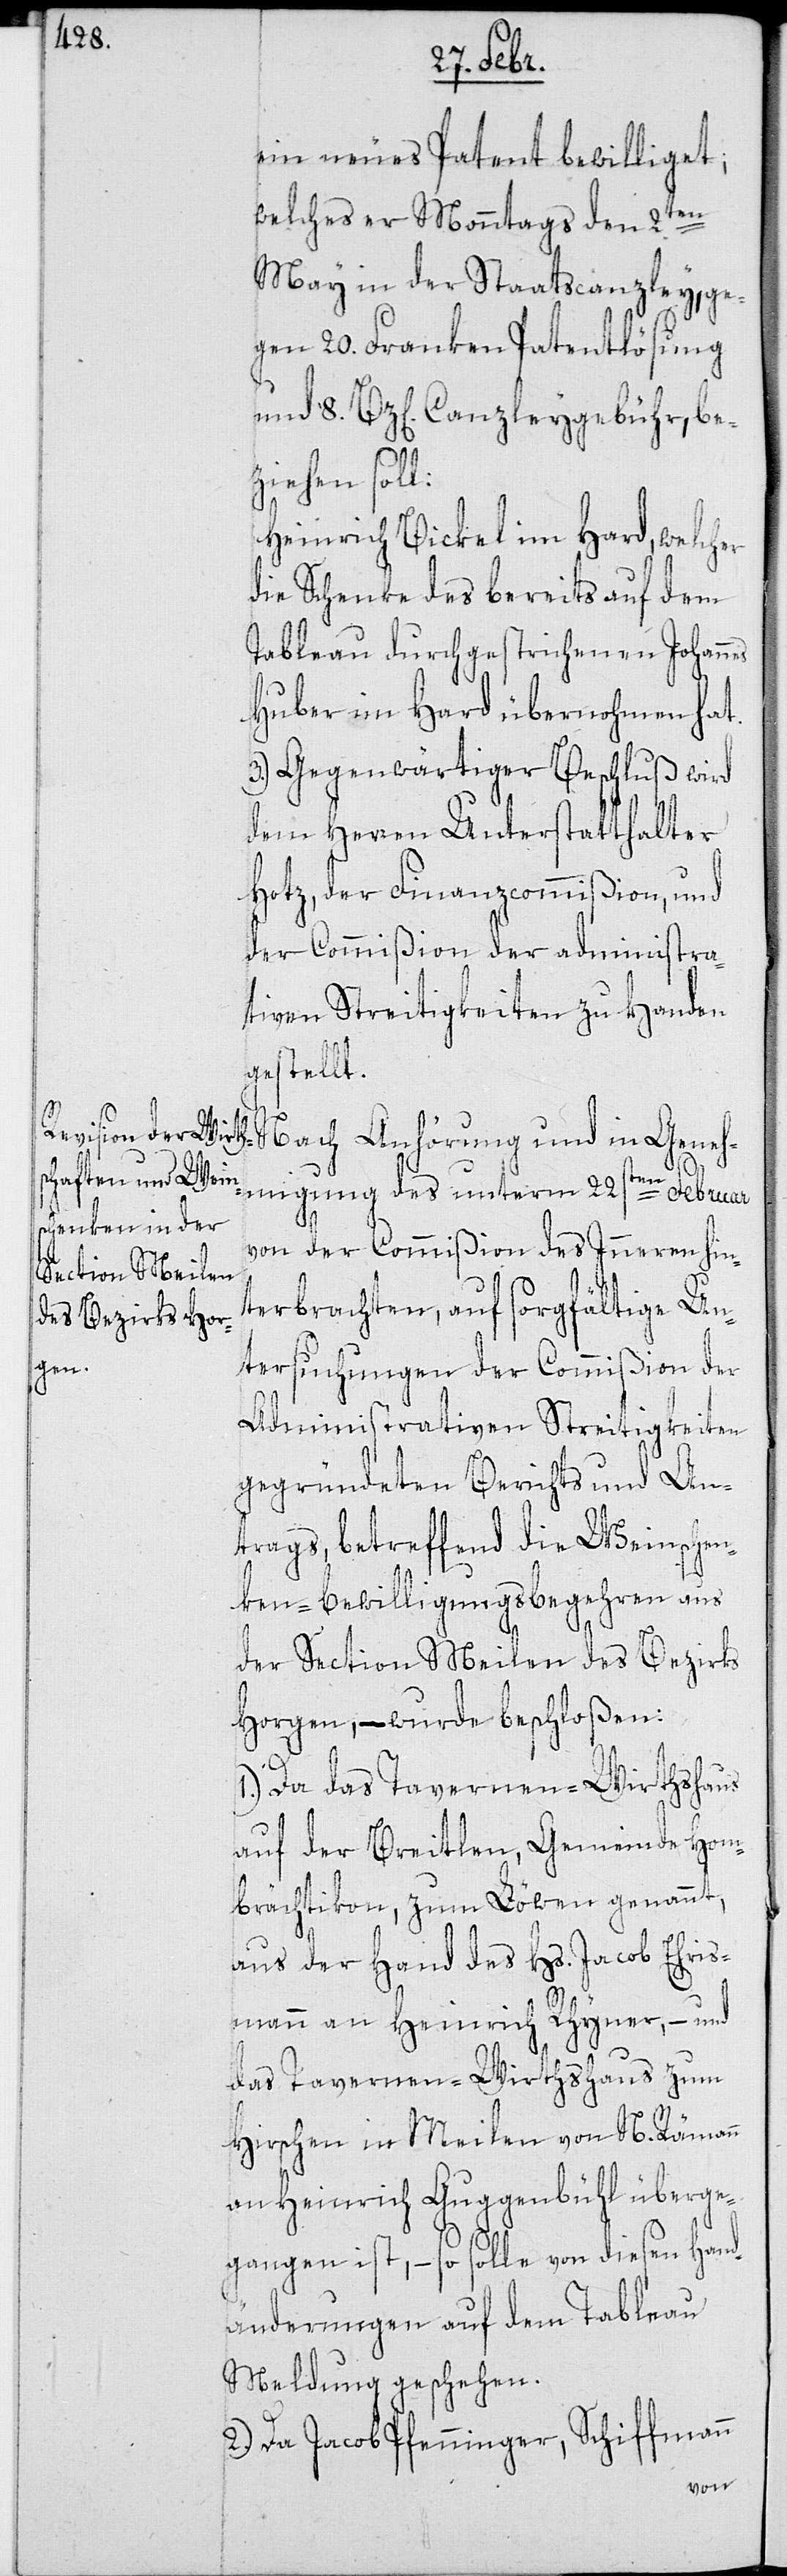
ein neues Patent bewilliget,
welches er Monntags den 2ten
May in der Staatscanzley, ge¬
gen 20. Franken Patentlösung
und 8. Bz[en]. Canzleygebühr, be¬
ziehen soll:
Heinrich Bickel im Hard, welcher
die Schenke des bereits auf dem
Tableau durchgestrichenen Johann¬
Huber im Hard übernohmen hat.
3.) Gegenwärtiger Beschluß wird
dem Herren Unterstatthalter
Hotz, der Finanzcommißion, und
der Commißion der administra¬
tiven Streitigkeiten zu Handen
gestellt.
ehmigung des unterm 22sten Februar
von der Commißion des Inneren hin¬
terbrachten, auf sorgfältige Un¬
Gen¬
tersuchungen der Commißion der
Administrativen Streitigkeiten
gegründeten Berichts und An¬
trags, betreffend die Weinschen¬
ken-Bewilligungsbegehren aus
der Section Meilen des Bezirks
Horgen, – wurde beschloßen:
1.) Da das Tavernen-Wirthshaus
auf der Breitlen, Gemeinde Hom¬
brächtikon, zum Löwen genannt,
aus der Hand des Hs. Jacob Ehris¬
mann an Heinrich Rhyner, – und
das Tavernen-Wirthshaus zum
Hirschen in Meilen von N. Rämann
an Heinrich Guggenbühl überge¬
gangen ist, – so solle von diesen Hand¬
änderungen auf dem Tableau
Meldung geschehen.
2.) Da Jacob Pfenninger, Schiffmann